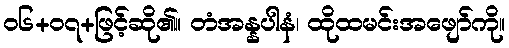
၀၆+၀၇+ဖြင့်ဆို၏။ တံအန္နပါနံ၊ ထိုထမင်းအဖျော်ကို။